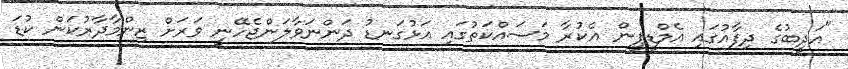
"އަދީބުގެ ދިފާއުގައި އެމްޑީޕީން އެކުރާ މަސައްކަތުގައި އަޅުގަނޑު ދަންނަވާލަންޖެހޭނީ ވަރަށް ޒިންމާދާރުކަން ކުޑަ